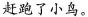
赶跑了小鸟。